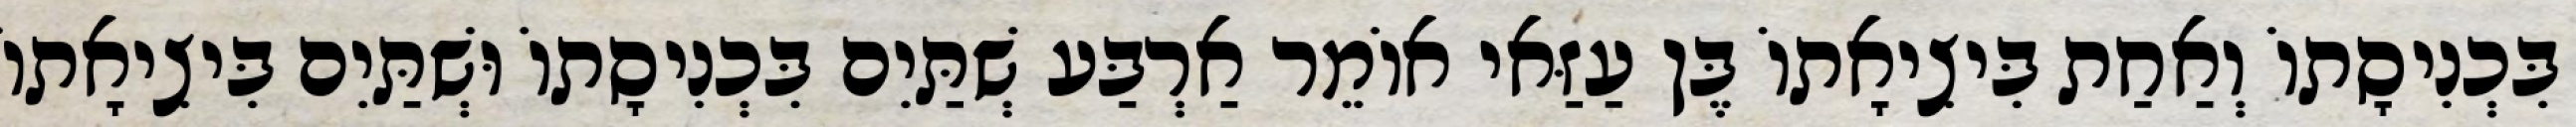
בִּכְנִיסָתוֹ וְאַחַת בִּיצִיאָתוֹ בֶּן עַזַּאי אוֹמֵר אַרְבַּע שְׁתַּיִם בִּכְנִיסָתוֹ וּשְׁתַּיִם בִּיצִיאָתוֹ